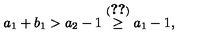
a _ { 1 } + b _ { 1 } > a _ { 2 } - 1 \stackrel { ( \ref { e q : D b m } ) } { \geq } a _ { 1 } - 1 ,